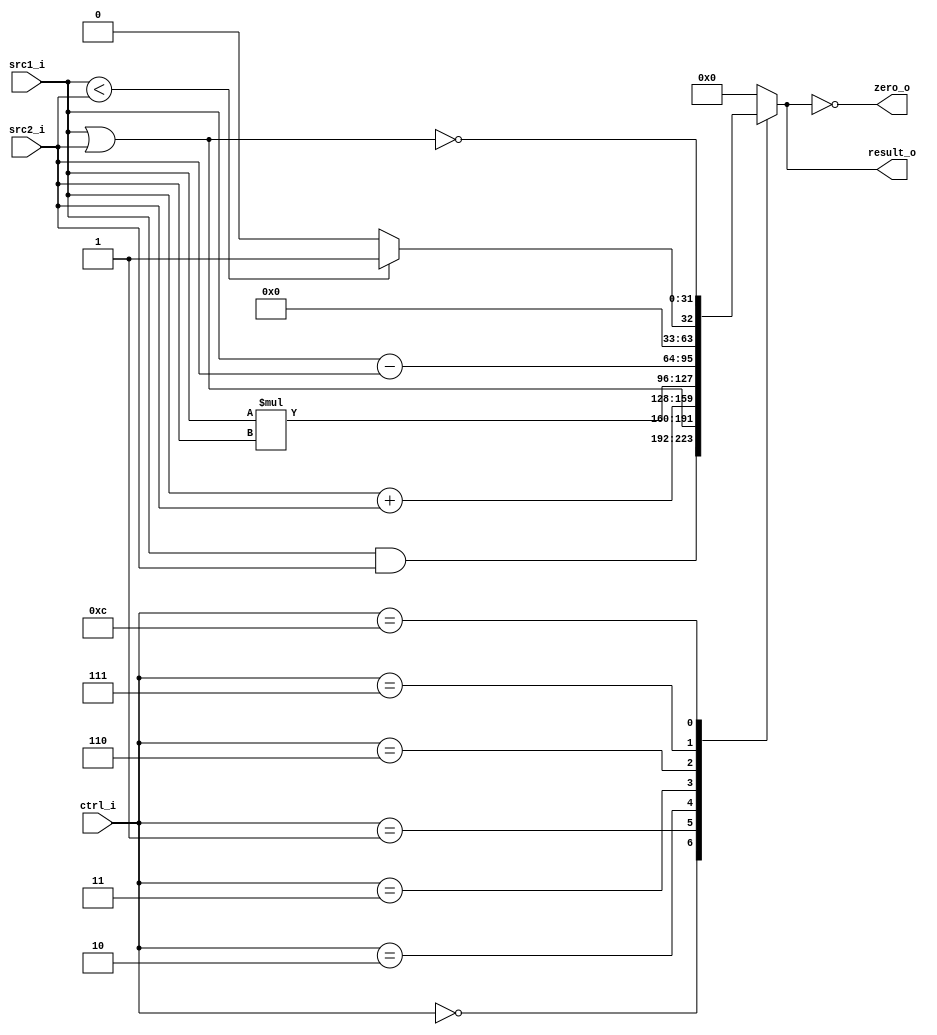
//Subject:     CO project 2 - ALU
//--------------------------------------------------------------------------------
//Version:     1
//--------------------------------------------------------------------------------
//Writer:      109550136 
//----------------------------------------------
//Date:        
//----------------------------------------------
//Description: 
//--------------------------------------------------------------------------------
    
module ALU (ctrl_i, src1_i, src2_i, result_o, zero_o);
   input [4-1:0] ctrl_i;
   input signed [32-1:0] src1_i,src2_i;
   output reg [32-1:0] result_o;
   output zero_o;
   assign zero_o = (result_o == 0);
   always @(ctrl_i, src1_i, src2_i) begin
      case (ctrl_i)
	0: result_o <= src1_i & src2_i;
	1: result_o <= src1_i | src2_i;
	2: result_o <= src1_i + src2_i;
	3: result_o <= src1_i * src2_i;
	6: result_o <= src1_i - src2_i;
	7: result_o <= src1_i < src2_i ? 1 : 0;
	12: result_o <= ~(src1_i | src2_i);
	default: result_o <= 0;
      endcase
    end
endmodule